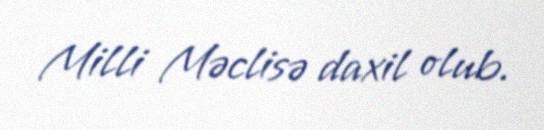
Milli Məclisə daxil olub.